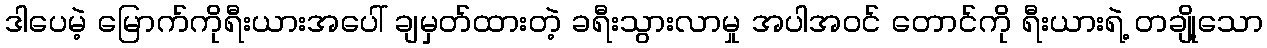
ဒါပေမဲ့ မြောက်ကိုရီးယားအပေါ် ချမှတ်ထားတဲ့ ခရီးသွားလာမှု အပါအဝင် တောင်ကို ရီးယားရဲ့ တချို့သော